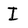
Character: I